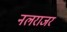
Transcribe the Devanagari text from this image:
नलराजर